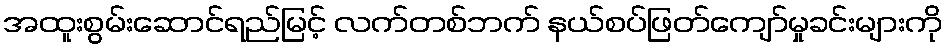
အထူးစွမ်းဆောင်ရည်မြင့် လက်တစ်ဘက် နယ်စပ်ဖြတ်ကျော်မှုခင်းများကို